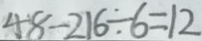
4 8 - 2 1 6 \div 6 = 1 2